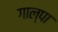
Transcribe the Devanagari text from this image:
गाल्पा